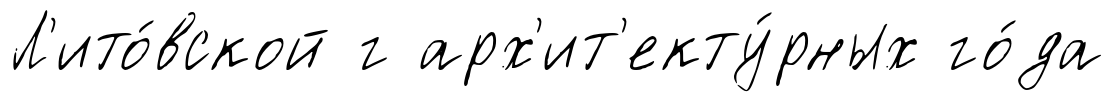
Л'ито́вской г арх'ит'екту́рных го́да